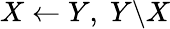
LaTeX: X\leftarrow Y,\; Y\backslash X